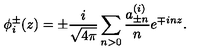
\phi _ { i } ^ { \pm } ( z ) = \pm \frac { i } { \sqrt { 4 \pi } } \sum _ { n > 0 } \frac { a _ { \pm n } ^ { ( i ) } } { n } e ^ { \mp i n z } .